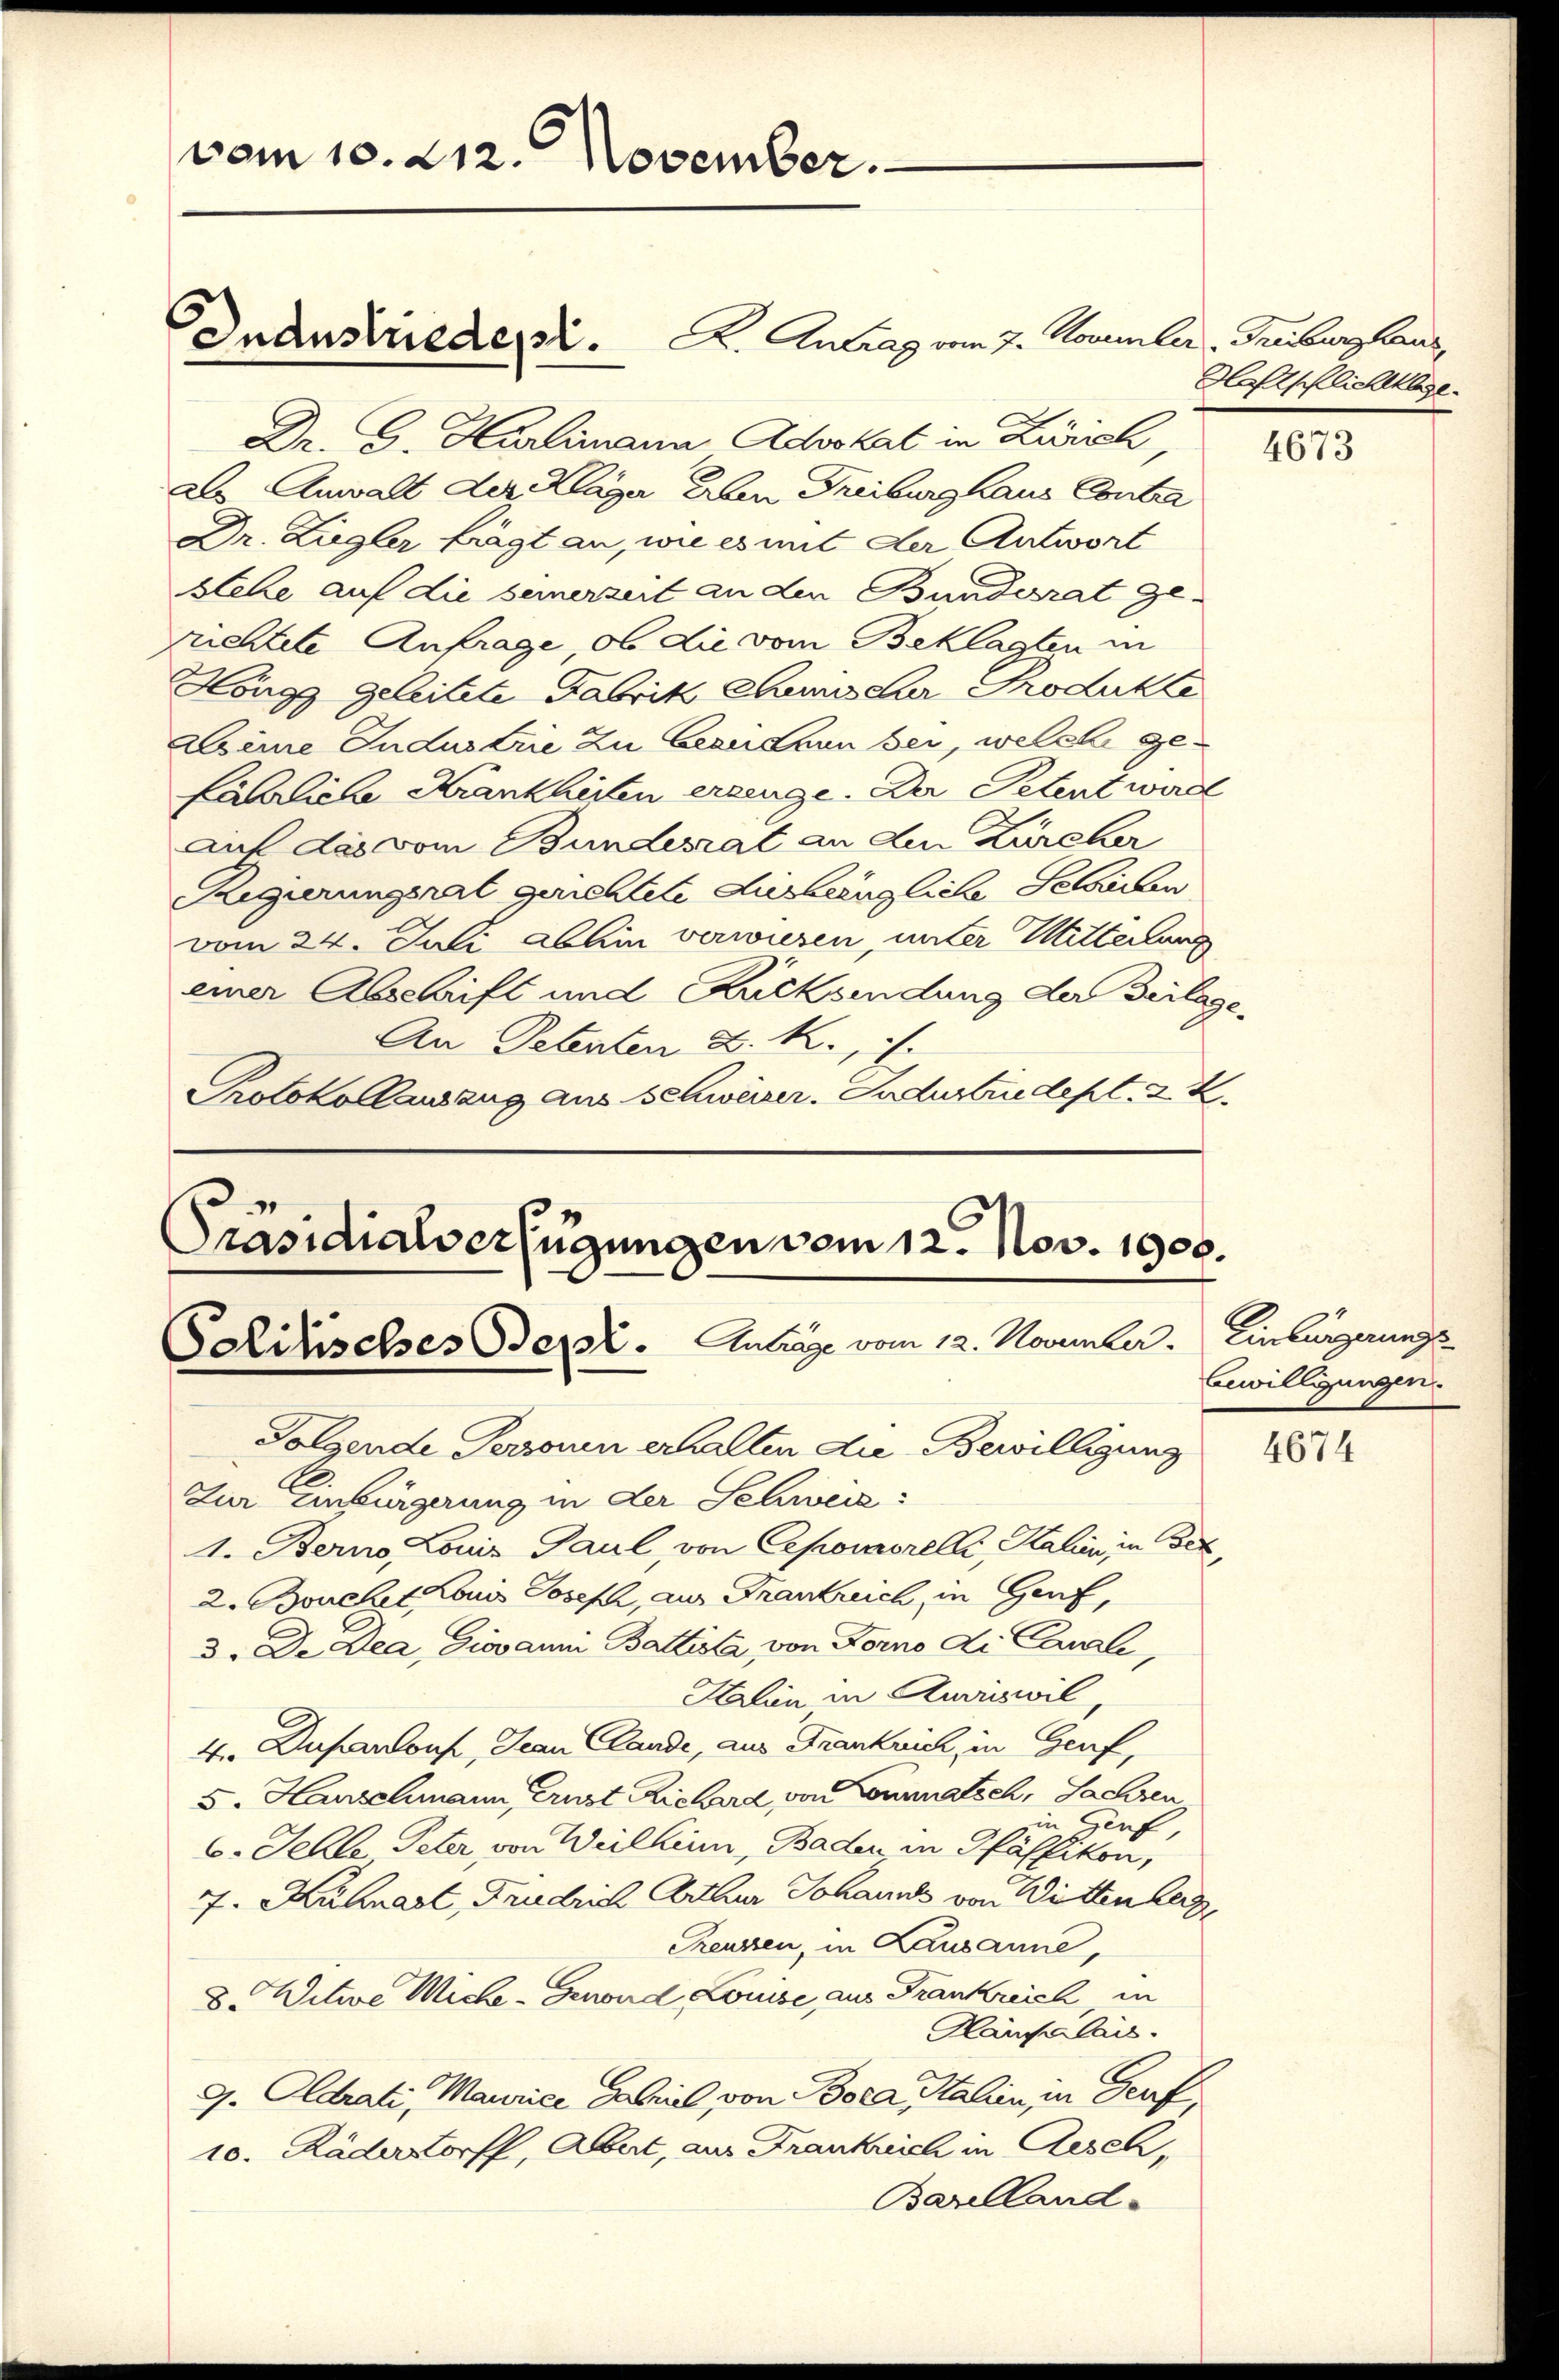
vom 10. 212. November.

Inanstrieder. A. Antrag vom 7. Nommler, Gruber Haus,

Dr. G. Harlimann Advokat in Zürich,
als Anwalt der Kläger Erben Freiburghaus Contra
Dr. Ziegler trägt an, wie es mit der Antwort
stehe auf die seinerzeit an den Bunderrat ge-
rrichtete Anfrage, ob die vom Beklagten in
Höngg geleitete Fabrik Chemischer Produkte
Deine Industrie zu bezeichen bei, welche gefährliche Krankheiten erzeuge. Da Petent werde
auf das vom Bundesrat an den Zürcher
Regierungsrat gerichtete Aushängliche Serieben
vom 24. Juli abhin verwiesen, unter Mitteilung
einer Abschrift und Rucksendung der Beilage¬
An Petenten D. R.,
Protokollauszug aus Schweizer. Industriedept. 2. X.

Präsidialverfügungen vom 12. Nov. 1906.
Solitisches Berl. Anträge vom 12. November. Einbürgerungs
Folgende Personen erhalten die Bewilligung
1. Berno, Louis Paul, von Cepoworelle, Kalien in Beck,

Zur Einbürgerung in der Schweiz:
2. Bouchet Konis Joseph, aus Frankreich, in Genf,
3. De Lea, Giovanni Battista von Forno di Canzli,
Kalen in Kurriswil,
4. Infandorf, Jean Clande, aus Frankrich, in Genf,
5. Hauschmann, Ernst Richard von Commatsch, Sachen
in Genf
6. Fehle Peter von Vielhin, Baden, in Pfäffikon,
7. Kuhnart, Friedrich Arthur Johannes von Wittenberg,
Teussen, in Lausanne,
8. Witwe Miche-Genward Louise aus Frankreich in
Hampalais.
G. Oldrati, Maurice Gabriel von Bora Italien, in Genf,
10. Räderdorff, Abert, aus Frankreich in Aesch¬
Barelland-

Watschlichklage.

4673

Bewilligungen.

4674